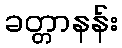
ခတ္တာနန်း